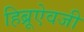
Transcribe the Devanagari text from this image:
हिब्रूऐवजी